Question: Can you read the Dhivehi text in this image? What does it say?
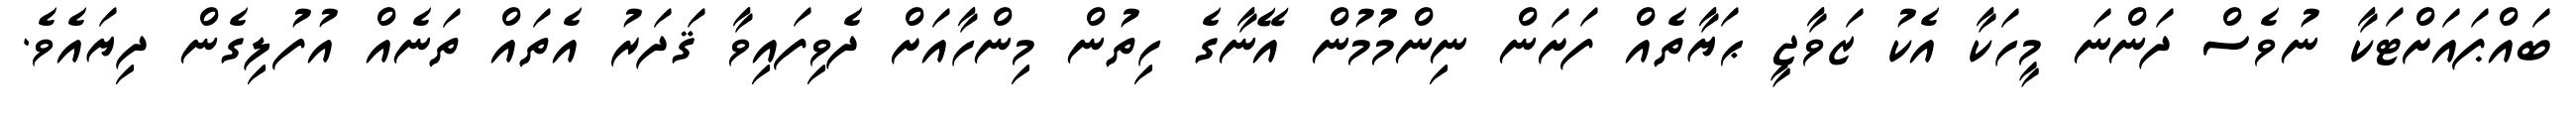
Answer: ބައްޕައަށްޓަކާ ނުވެސް ދަންނަ މީހަކާ އެކު ޒަވާޖީ ޙަޔާތެއް ފަށަން ނިންމުުމުން އޭނާގެ ހިތުން މިންހާއަށް ދެވިފައިވާ ޤަދަރު އެތައް ތަނެއް އުފުލިގެން ދިޔައެވެ.